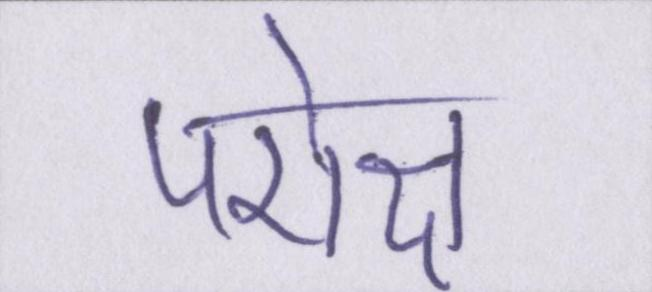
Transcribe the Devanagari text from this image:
परोक्ष